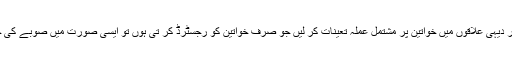
اگر نادرا، الیکشن کمشن اور دیگر ادارے بلوچستان میں خواتین کی رجسٹریشن کے لئے شہری اور دیہی علاقوں میں خواتین پر مشتمل عملہ تعینات کر لیں جو صرف خواتین کو رجسٹرڈ کر تی ہوں تو ایسی صورت میں صوبے کی خواتین کی صحیح تعداد سامنے آ سکتی ہے اور لوگ رجسٹریشن کے لئے بھی تیار ہو جائیں گے۔